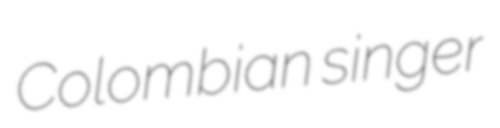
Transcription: Colombian singer